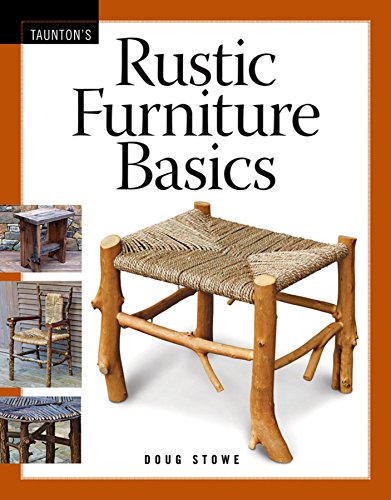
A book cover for Rustic Furniture Basics; Doug Stowe; Arts & Photography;